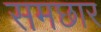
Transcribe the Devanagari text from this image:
समछार